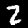
Label: 2